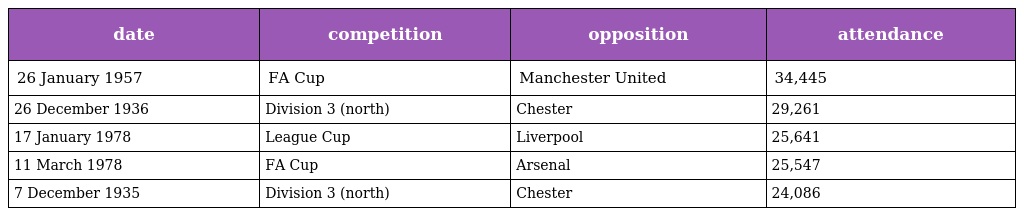
| date | competition | opposition | attendance |
 | --- | --- | --- | --- |
 | 26 January 1957 | FA Cup | Manchester United | 34,445 |
 | 26 December 1936 | Division 3 (north) | Chester | 29,261 |
 | 17 January 1978 | League Cup | Liverpool | 25,641 |
 | 11 March 1978 | FA Cup | Arsenal | 25,547 |
 | 7 December 1935 | Division 3 (north) | Chester | 24,086 |